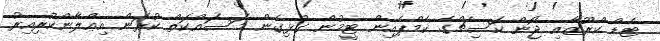
ޓެޑް ކްރޫޒާއި ޖޯން ކަސިޗްގެ ކެމްޕެއިން ޓީމުން ގުޅިގެން މަސައްކަތް ކުރަން އިޢްލާންކުރިއިރު